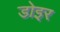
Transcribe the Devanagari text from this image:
डोइर